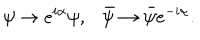
\psi \rightarrow e ^ { i \alpha } \psi , \ \ \ \bar { \psi } \rightarrow \bar { \psi } e ^ { - i \alpha } .